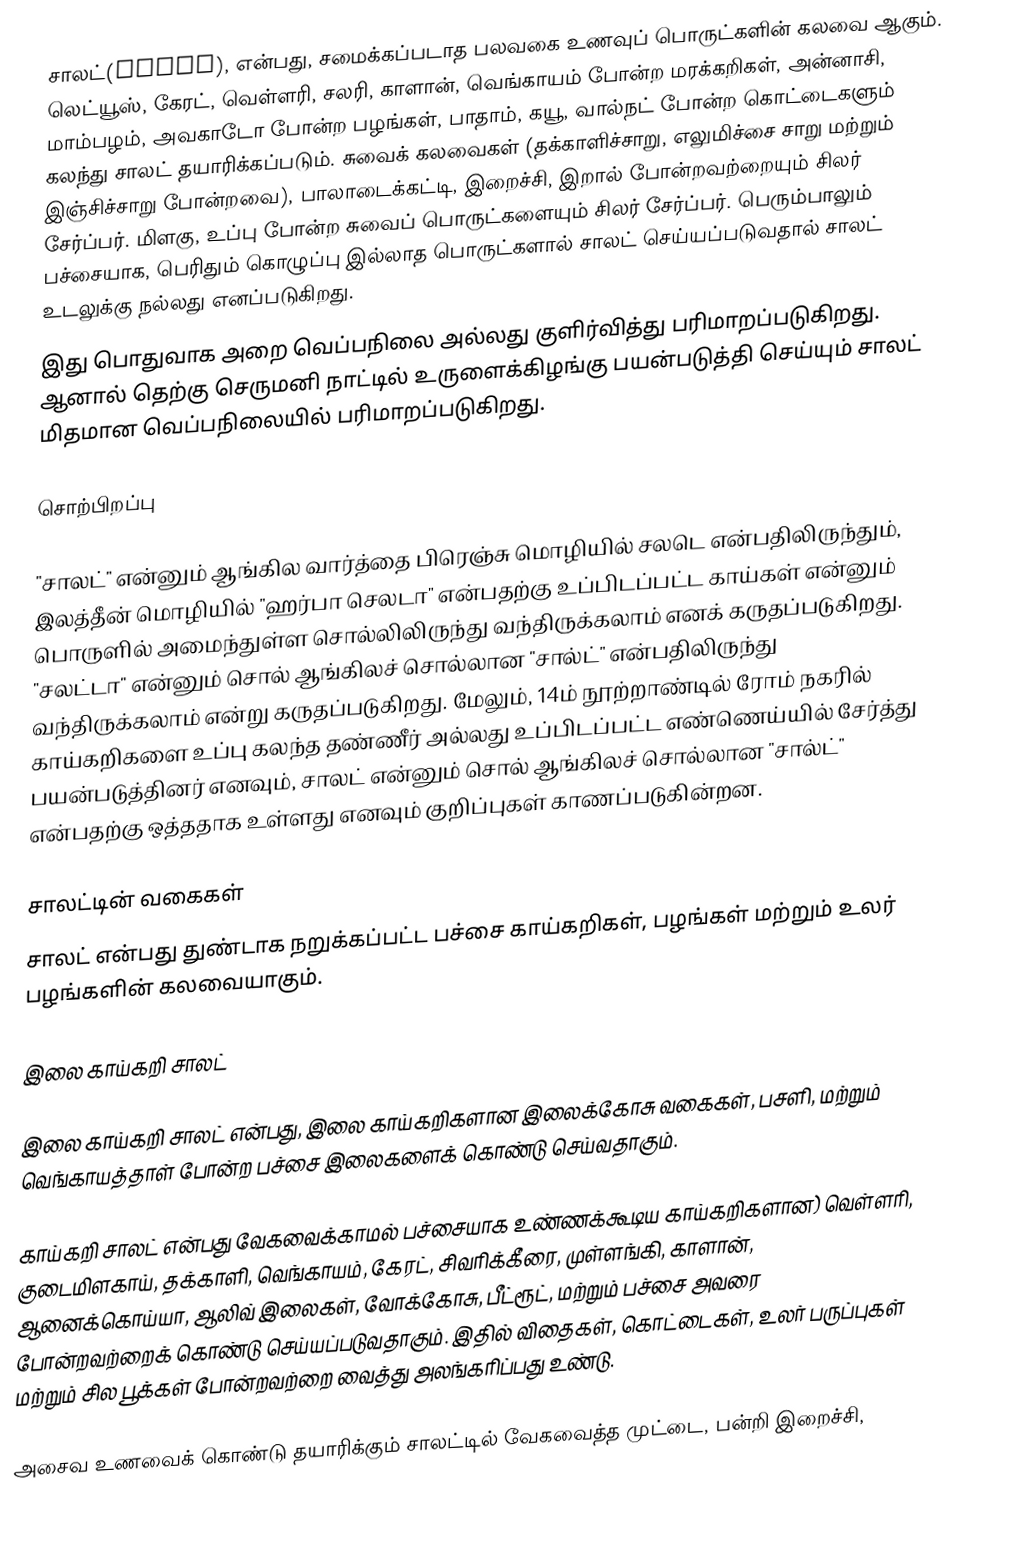
சாலட்(salad), என்பது, சமைக்கப்படாத பலவகை உணவுப் பொருட்களின் கலவை ஆகும். லெட்யூஸ், கேரட், வெள்ளரி, சலரி, காளான், வெங்காயம் போன்ற மரக்கறிகள், அன்னாசி, மாம்பழம், அவகாடோ போன்ற பழங்கள், பாதாம், கயூ, வால்நட் போன்ற கொட்டைகளும் கலந்து சாலட் தயாரிக்கப்படும். சுவைக் கலவைகள் (தக்காளிச்சாறு, எலுமிச்சை சாறு மற்றும் இஞ்சிச்சாறு போன்றவை), பாலாடைக்கட்டி, இறைச்சி, இறால் போன்றவற்றையும் சிலர் சேர்ப்பர். மிளகு, உப்பு போன்ற சுவைப் பொருட்களையும் சிலர் சேர்ப்பர். பெரும்பாலும் பச்சையாக, பெரிதும் கொழுப்பு இல்லாத பொருட்களால் சாலட் செய்யப்படுவதால் சாலட் உடலுக்கு நல்லது எனப்படுகிறது.
இது பொதுவாக அறை வெப்பநிலை அல்லது குளிர்வித்து பரிமாறப்படுகிறது. ஆனால் தெற்கு செருமனி நாட்டில் உருளைக்கிழங்கு பயன்படுத்தி செய்யும் சாலட் மிதமான வெப்பநிலையில் பரிமாறப்படுகிறது.

சொற்பிறப்பு

"சாலட்" என்னும் ஆங்கில வார்த்தை பிரெஞ்சு மொழியில் சலடெ என்பதிலிருந்தும், இலத்தீன் மொழியில் "ஹர்பா செலடா" என்பதற்கு உப்பிடப்பட்ட காய்கள் என்னும் பொருளில் அமைந்துள்ள சொல்லிலிருந்து வந்திருக்கலாம் எனக் கருதப்படுகிறது. "சலட்டா" என்னும் சொல் ஆங்கிலச் சொல்லான "சால்ட்" என்பதிலிருந்து வந்திருக்கலாம் என்று கருதப்படுகிறது. மேலும், 14ம் நூற்றாண்டில் ரோம் நகரில் காய்கறிகளை உப்பு கலந்த தண்ணீர் அல்லது உப்பிடப்பட்ட எண்ணெய்யில் சேர்த்து பயன்படுத்தினர் எனவும், சாலட் என்னும் சொல் ஆங்கிலச் சொல்லான "சால்ட்" என்பதற்கு ஒத்ததாக உள்ளது எனவும் குறிப்புகள் காணப்படுகின்றன.

சாலட்டின் வகைகள்
சாலட் என்பது துண்டாக நறுக்கப்பட்ட பச்சை காய்கறிகள், பழங்கள் மற்றும் உலர் பழங்களின் கலவையாகும்.

இலை காய்கறி சாலட்

இலை காய்கறி சாலட் என்பது, இலை காய்கறிகளான  இலைக்கோசு வகைகள், பசளி, மற்றும் வெங்காயத்தாள் போன்ற பச்சை இலைகளைக் கொண்டு செய்வதாகும்.

காய்கறி சாலட் என்பது வேகவைக்காமல் பச்சையாக உண்ணக்கூடிய காய்கறிகளான) வெள்ளரி, குடைமிளகாய், தக்காளி, வெங்காயம், கேரட், சிவரிக்கீரை, முள்ளங்கி, காளான், ஆனைக்கொய்யா, ஆலிவ் இலைகள்,  வோக்கோசு, பீட்ரூட், மற்றும் பச்சை அவரை போன்றவற்றைக் கொண்டு செய்யப்படுவதாகும். இதில் விதைகள், கொட்டைகள், உலர் பருப்புகள் மற்றும் சில பூக்கள் போன்றவற்றை வைத்து அலங்கரிப்பது உண்டு.

அசைவ உணவைக் கொண்டு தயாரிக்கும் சாலட்டில் வேகவைத்த முட்டை, பன்றி இறைச்சி,